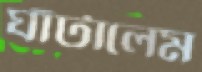
ঘাঁটালেম